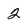
Character: 2